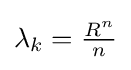
\lambda _{k}={\tfrac {R^{n}}{n}}